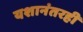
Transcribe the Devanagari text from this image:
यशानंतरही